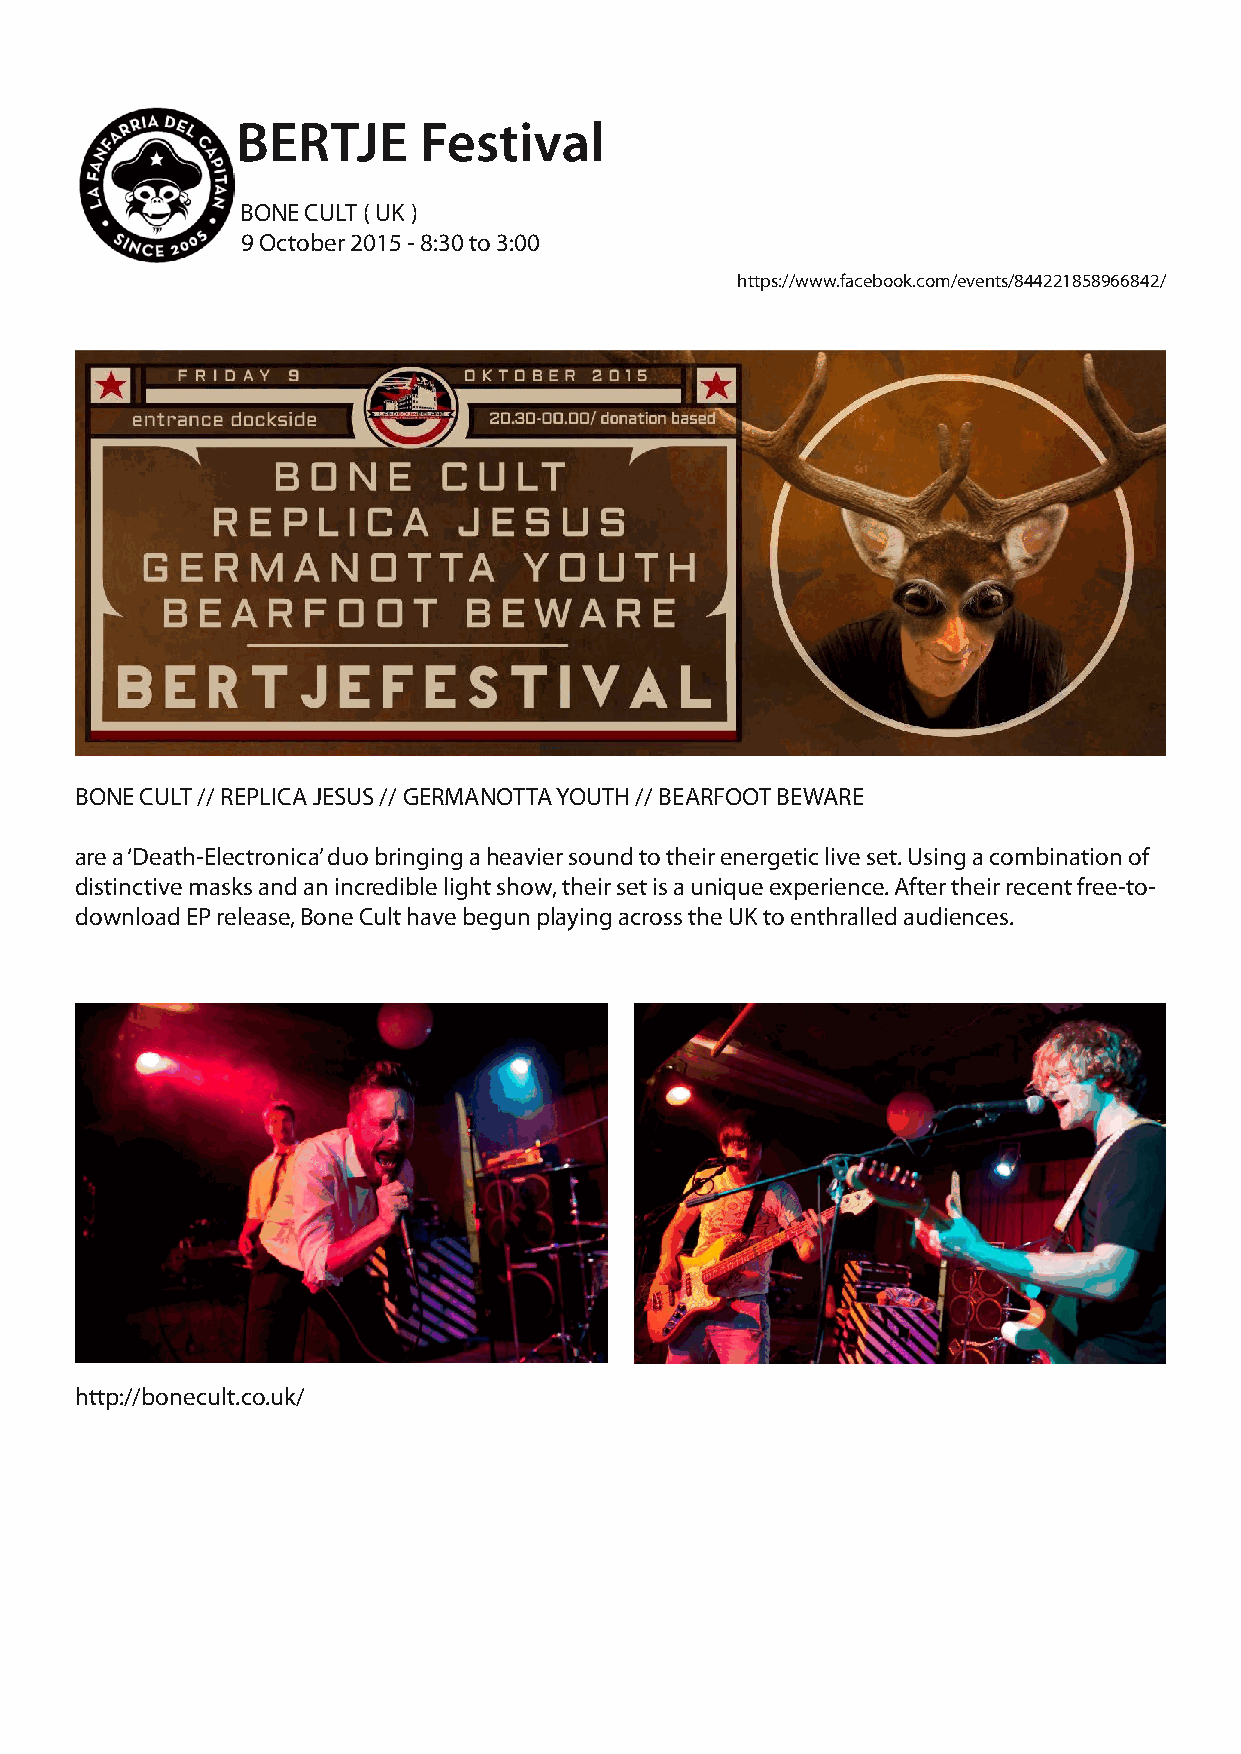
BERTJE      Festival
 BONE CULT ( UK )
 9 October 2015 - 8:30 to 3:00
 https://www.facebook.com/events/844221858966842/
 BONE CULT // REPLICA JESUS // GERMANOTTA YOUTH // BEARFOOT BEWARE
 are a ‘Death-Electronica’ duo bringing a heavier sound to their energetic live set. Using a combination of
 distinctive masks and an incredible light show, their set is a unique experience. After their recent free-to-
 download EP release, Bone Cult have begun playing across the UK to enthralled audiences.
 http://bonecult.co.uk/